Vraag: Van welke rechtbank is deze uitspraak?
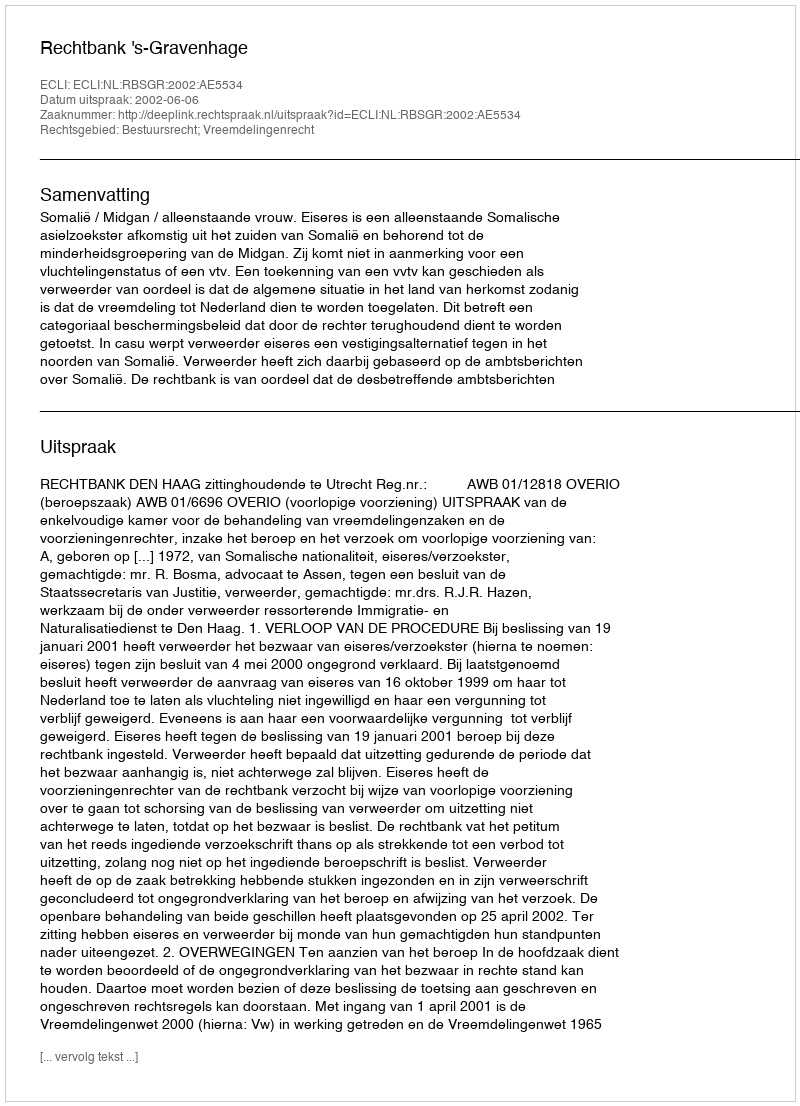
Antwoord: Rechtbank 's-Gravenhage